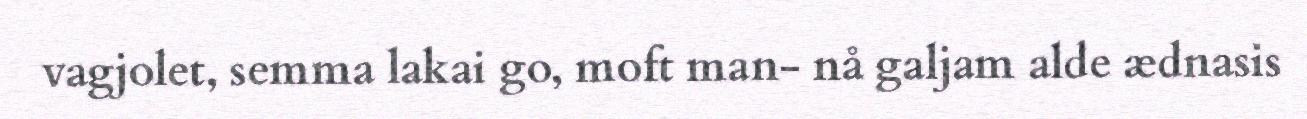
vagjolet, semma lakai go, moft man- nå galjam alde ædnasis